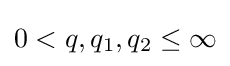
0<q,q_{1},q_{2}\leq \infty